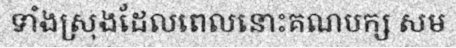
ទាំងស្រុងដែលពេលនោះគណបក្ស សម